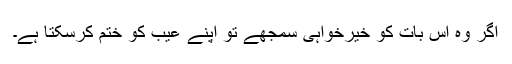
اگر وہ اس بات کو خیرخواہی سمجھے تو اپنے عیب کو ختم کرسکتا ہے۔